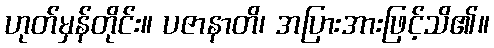
ဟုတ်မှန်တိုင်း။ ပဇာနာတိ၊ အပြားအားဖြင့်သိ၏။